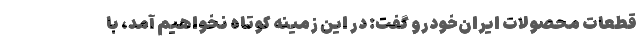
قطعات محصولات ایران‌خودرو گفت: در این زمینه کوتاه نخواهیم آمد، با